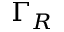
\Gamma _ { R }